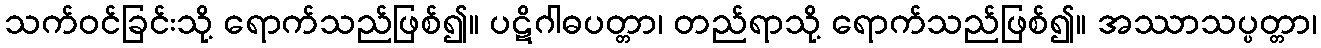
သက်ဝင်ခြင်းသို့ ရောက်သည်ဖြစ်၍။ ပဋိဂါဓပတ္တာ၊ တည်ရာသို့ ရောက်သည်ဖြစ်၍။ အဿာသပ္ပတ္တာ၊